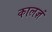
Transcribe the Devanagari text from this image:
कालज्ञं